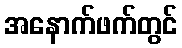
အနောက်ဖက်တွင်